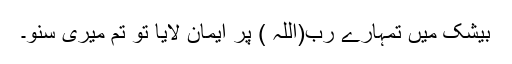
بیشک میں تمہارے رب(اللہ ) پر ایمان لایا تو تم میری سنو۔